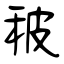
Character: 秛